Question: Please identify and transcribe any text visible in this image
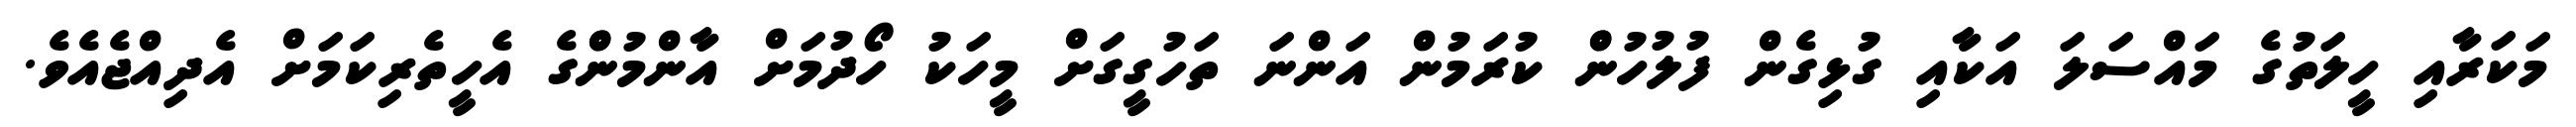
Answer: މަކަރާއި ހީލަތުގެ މައްސަލަ އަކާއި ގުޅިގެން ފުލުހުންް ކުރަމުން އަންނަ ތަހުގީގަށް މީހަކު ހޯދުމަށް އާންމުންްގެ އެހީތެރިކަމަށް އެދިއްޖެއެވެ.